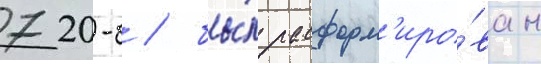
720-б / бы́л расформ'иро́ван